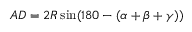
A D = 2 R \sin ( 1 8 0 - ( \alpha + \beta + \gamma ) )